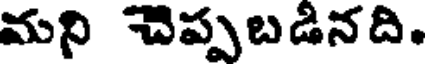
మని చెప్పబడినది.